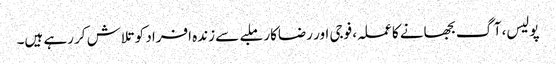
پولیس، آگ بجھانے کا عملہ، فوجی اور رضاکار ملبے سے زندہ افراد کو تلاش کر رہے ہیں۔